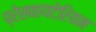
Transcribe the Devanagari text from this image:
प्रेसवायटेरियन